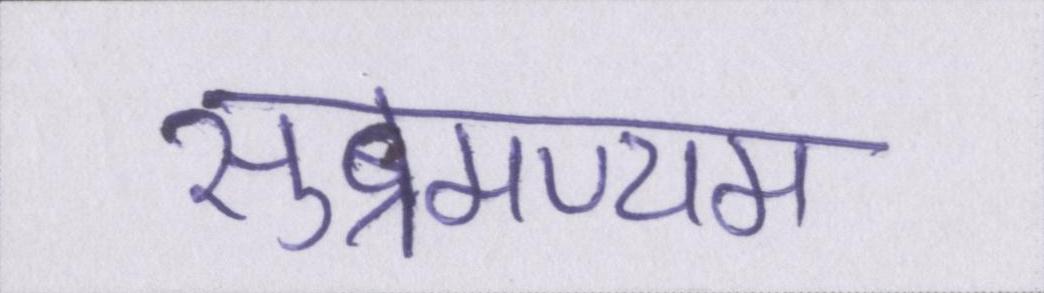
सुब्रमण्यम